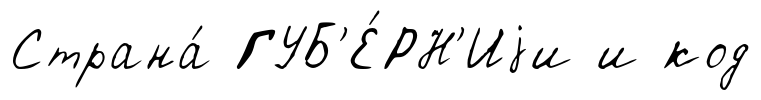
Страна́ ГУБ'Е́РН'Иjи и код